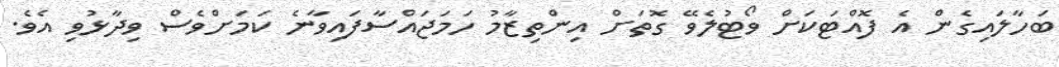
ބަހާލައިގެން އެ ފޮއްޓަކަށް ވޯޓުލެވޭ ގޮތަށް އިންތިޒާމު ހަމަޖައްސާފައިވާނެ ކަމަށްވެސް ވިދާޅުވި އެވެ.